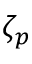
\zeta _ { p }